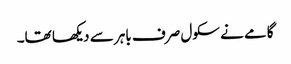
گامے نے سکول صرف باہر سے دیکھا تھا۔